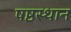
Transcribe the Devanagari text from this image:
षष्ठस्थान